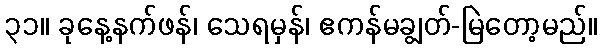
၃၁။ ခုနေ့နက်ဖန်၊ သေရမှန်၊ ဧကန်မချွတ်-မြဲတော့မည်။